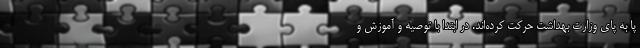
پا به پای وزارت بهداشت حرکت کرده‌اند. در ابتدا با توصیه و آموزش و